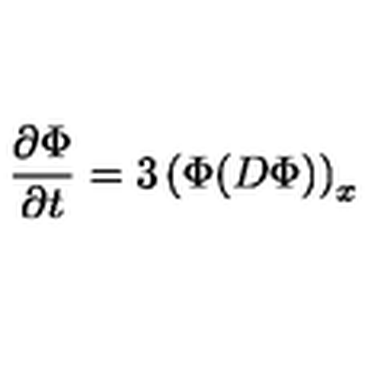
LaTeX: { \frac { \partial \Phi } { \partial t } } = 3 \left( \Phi ( D \Phi ) \right) _ { x }